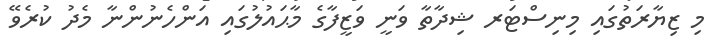
މި ޒިޔާރަތުގައި މިނިސްޓަރ ޝިދާތާ ވަނީ ވަޒީފާގެ މާޙައުލުގައި އަންހެނުންނާ މެދު ކުރެވޭ